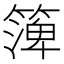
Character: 𥱼